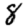
Digit: 8